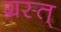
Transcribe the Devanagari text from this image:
ग्रस्त्